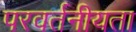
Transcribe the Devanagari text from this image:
परवर्तनीयता